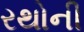
રથોની